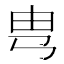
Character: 㽕